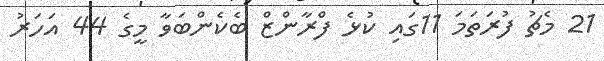
21 މެޗު ފުރަތަމަ 11ގައި ކުޅެ ފްރާންޒް ބެކެންބަވާ މީގެ 44 އަހަރު